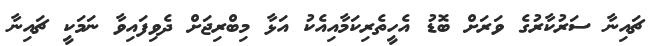
ޗައިނާ ސަރުކާރުގެ ވަރަށް ބޮޑު އެހީތެރިކަމާއިއެކު އަޅާ މިބްރިޖަށް ދެވިފައިވާ ނަމަކީ ޗައިނާ